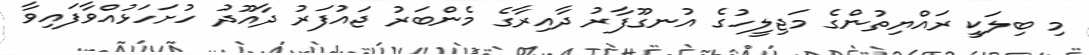
މި ބިލަކީ ރައްޔިތުންގެ މަޖިލީހުގެ އުނގޫފާރު ދާއިރާގެ މެންބަރު ޖައުފަރު ދާއޫދު ހުށަހަޅުއްވާފައިވާ